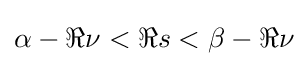
\alpha -\Re \nu <\Re s<\beta -\Re \nu